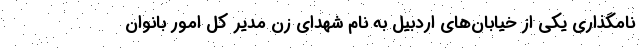
نامگذاری یکی از خیابان‌های اردبیل به نام شهدای زن مدیر کل امور بانوان